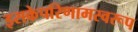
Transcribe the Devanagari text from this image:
इसकेपरिणामस्वरूप